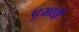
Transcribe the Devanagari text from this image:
पुआधी